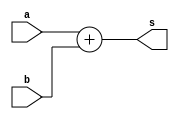
`timescale 1ns / 1ps
//////////////////////////////////////////////////////////////////////////////////
// Company: 
// Engineer: 
// 
// Design Name: 
// Module Name: adder22
// Project Name: 
// Target Devices: 
// Tool Versions: 
// Description: 
// 
// Dependencies: 
// 
// Revision:
// Revision 0.01 - File Created
// Additional Comments:
// 
//////////////////////////////////////////////////////////////////////////////////


module adder22(
    input signed[19:0] a,
    input signed[21:0] b,
    output signed[22:0] s
    );
    
    assign s=a+b;
    
endmodule